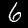
Label: 6